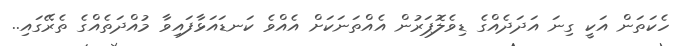
ހެކަތަން އަކީ ގިނަ އަދަދެއްގެ ޑިވެލޮޕަރުން އެއްތަނަކަށް އެއްވެ ކަނޑައަޅާފައިވާ މުއްދަތެއްގެ ތެރޭގައި..